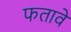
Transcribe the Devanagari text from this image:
फतावे